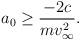
LaTeX: \begin{align*}a_0\ge \frac{-2c}{mv_{\infty}^2}.\end{align*}